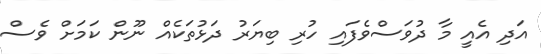
އަދި އެއީ މާ ދުވަސްވެފައި ހުރި ބިޔަރު ދަޅުތަކެއް ނޫން ކަމަށް ވެސް